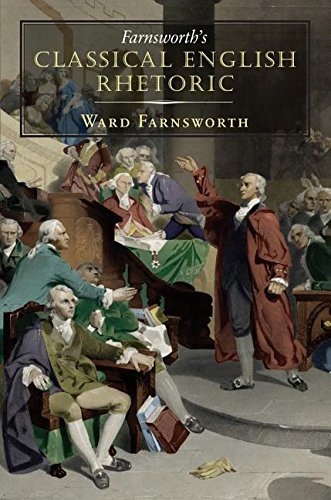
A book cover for Farnsworth's Classical English Rhetoric; Ward Farnsworth; Gay & Lesbian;